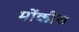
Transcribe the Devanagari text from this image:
मोंकीस